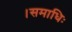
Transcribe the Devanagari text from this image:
।समाधिः